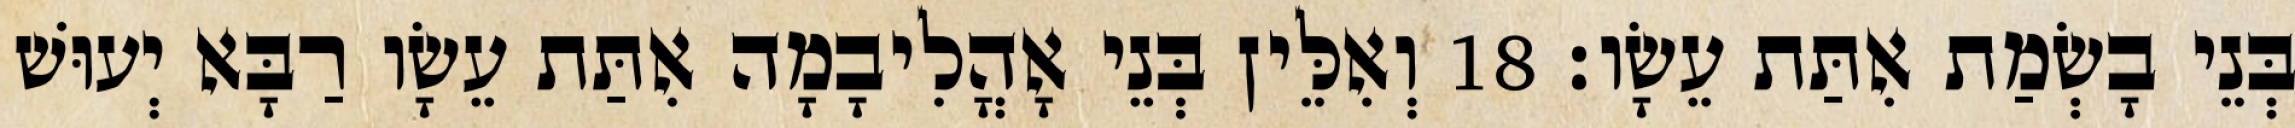
בְּנֵי בָשְׂמַת אִתַּת עֵשָׂו׃ 18 וְאִלֵּין בְּנֵי אָהֳלִיבָמָה אִתַּת עֵשָׂו רַבָּא יְעוּשׁ